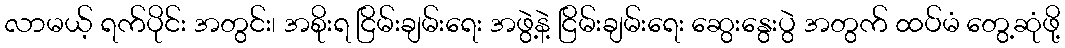
လာမယ့် ရက်ပိုင်း အတွင်း၊ အစိုးရ ငြိမ်းချမ်းရေး အဖွဲ့နဲ့ ငြိမ်းချမ်းရေး ဆွေးနွေးပွဲ အတွက် ထပ်မံ တွေ့ဆုံဖို့